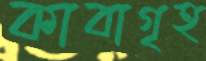
কাবাগৃহ